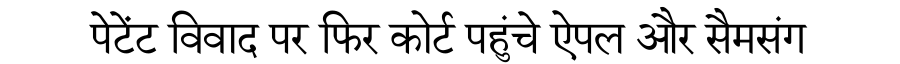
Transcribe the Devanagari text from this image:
पेटेंट विवाद पर फिर कोर्ट पहुंचे ऐपल और सैमसंग